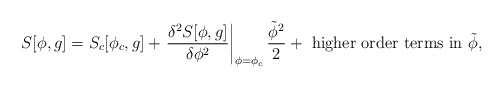
\begin{align*}S[\phi,g]=S_c[\phi_c,g]+\left.\frac{\delta^2S[\phi,g]}{\delta\phi^2}\right|_{\phi=\phi_c}\frac{\tilde\phi^2}{2} +\mbox{ higher order terms in }\tilde\phi,\end{align*}